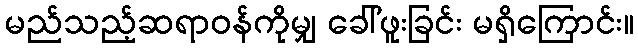
မည်သည့်ဆရာဝန်ကိုမျှ ခေါ်ဖူးခြင်း မရှိကြောင်း။